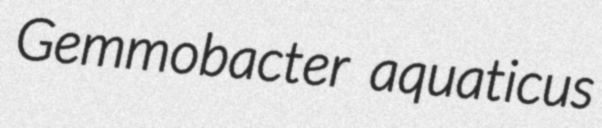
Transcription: Gemmobacter aquaticus